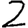
Digit: 2